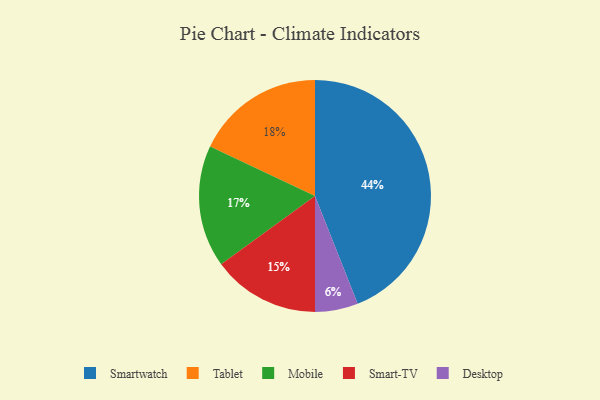
{"axis": {"x": "Category", "y": "Percentage"}, "legend": ["Desktop", "Mobile", "Smart-TV", "Smartwatch", "Tablet"], "data": [{"x": "Tablet", "y": 18, "type": "Tablet"}, {"x": "Smartwatch", "y": 44, "type": "Smartwatch"}, {"x": "Desktop", "y": 6, "type": "Desktop"}, {"x": "Smart-TV", "y": 15, "type": "Smart-TV"}, {"x": "Mobile", "y": 17, "type": "Mobile"}]}